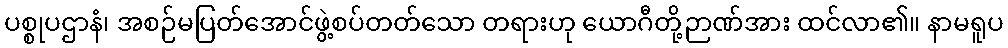
ပစ္စုပဌာနံ၊ အစဉ်မပြတ်အောင်ဖွဲ့စပ်တတ်သော တရားဟု ယောဂီတို့ဉာဏ်အား ထင်လာ၏။ နာမရူပ